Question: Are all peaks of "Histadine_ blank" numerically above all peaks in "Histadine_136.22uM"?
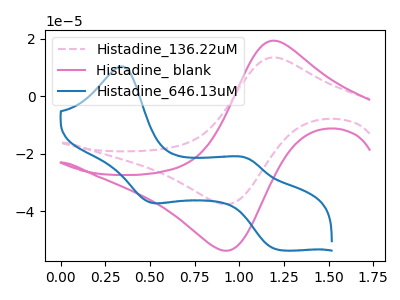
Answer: <think>The pink dashed curve "Histadine_136.22uM" has an anodic peak at (1.20V, 13.55uA) and a cathodic peak at (0.90V, -37.50uA). The pink curve "Histadine_ blank" has an anodic peak at (1.20V, 19.35uA) and a cathodic peak at (0.90V, -53.70uA). The blue curve "Histadine_646.13uM" has anodic peaks at (0.35V, 10.45uA) (1.05V, -21.75uA) and cathodic peaks at (0.50V, -36.80uA) (1.20V, -53.35uA).</think>
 <answer>Every peak in "Histadine_ blank" is higher than every peak in "Histadine_136.22uM".</answer>
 <eval>higher</eval>